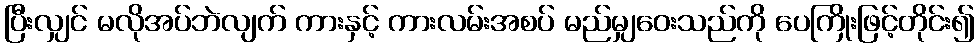
ပြီးလျှင် မလိုအပ်ဘဲလျက် ကားနှင့် ကားလမ်းအစပ် မည်မျှဝေးသည်ကို ပေကြိုးဖြင့်တိုင်း၍